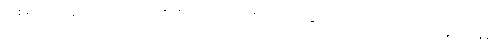
အစရှိသောအကြောင်းတရားတို့ကို။ ပရိဂ္ဂဟေ၊ သိမ်းဆည်းခြင်း၌ လည်းကောင်း။ ဝဝတ္တာပနေစ၊